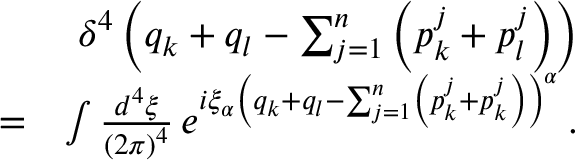
\begin{array} { r l r } & { } & { \delta ^ { 4 } \left( q _ { k } + q _ { l } - \sum _ { j = 1 } ^ { n } \left( p _ { k } ^ { j } + p _ { l } ^ { j } \right) \right) } \\ & { = } & { \int \frac { d ^ { 4 } \xi } { \left( 2 \pi \right) ^ { 4 } } \, e ^ { i \xi _ { \alpha } \left( q _ { k } + q _ { l } - \sum _ { j = 1 } ^ { n } \left( p _ { k } ^ { j } + p _ { k } ^ { j } \right) \right) ^ { \alpha } } \, . } \end{array}